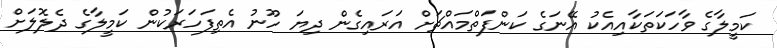
ކަމީލާގެ ވާހަކަތަކާއިއެކު އޭނަގެ ކަންފަތްމައްޗަށް އަރައިގެން ދިޔަ ހޫނު އެތިފަހަރަކުން ކަމީލާގެ ދެލޮލަށް